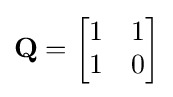
\mathbf {Q} ={\begin{bmatrix}1&1\\1&0\end{bmatrix}}